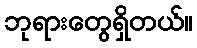
ဘုရားတွေရှိတယ်။